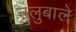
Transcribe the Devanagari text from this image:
नलुबाले